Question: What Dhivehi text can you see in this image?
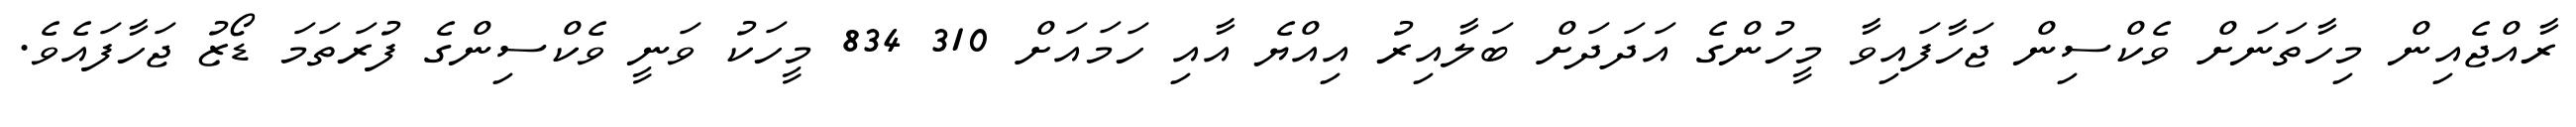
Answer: ރާއްޖެއިން މިހާތަނަށް ވެކްސިން ޖަހާފައިވާ މީހުންގެ އަދަދަށް ބަލާއިރު އިއްޔެ އާއި ހަމައަށް 310 834 މީހަކު ވަނީ ވެކްސިންގެ ފުރަތަމަ ޑޯޒު ޖަހާފައެވެ.